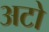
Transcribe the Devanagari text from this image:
अटो